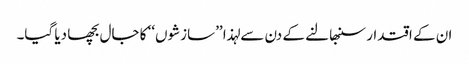
ان کے اقتدار سنبھالنے کے دن سے لہذا ’’سازشوں‘‘ کا جال بچھا دیا گیا۔